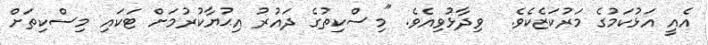
އެއީ އަޅުކަމުގެ މަރުކަޒެކެވެ.  ވިދާޅުވިއެވެ. "މިސްކިތުގެ ދައުރު އިޙުޔާކުރުމަށް ޓަކައި މިސްކިތަށް